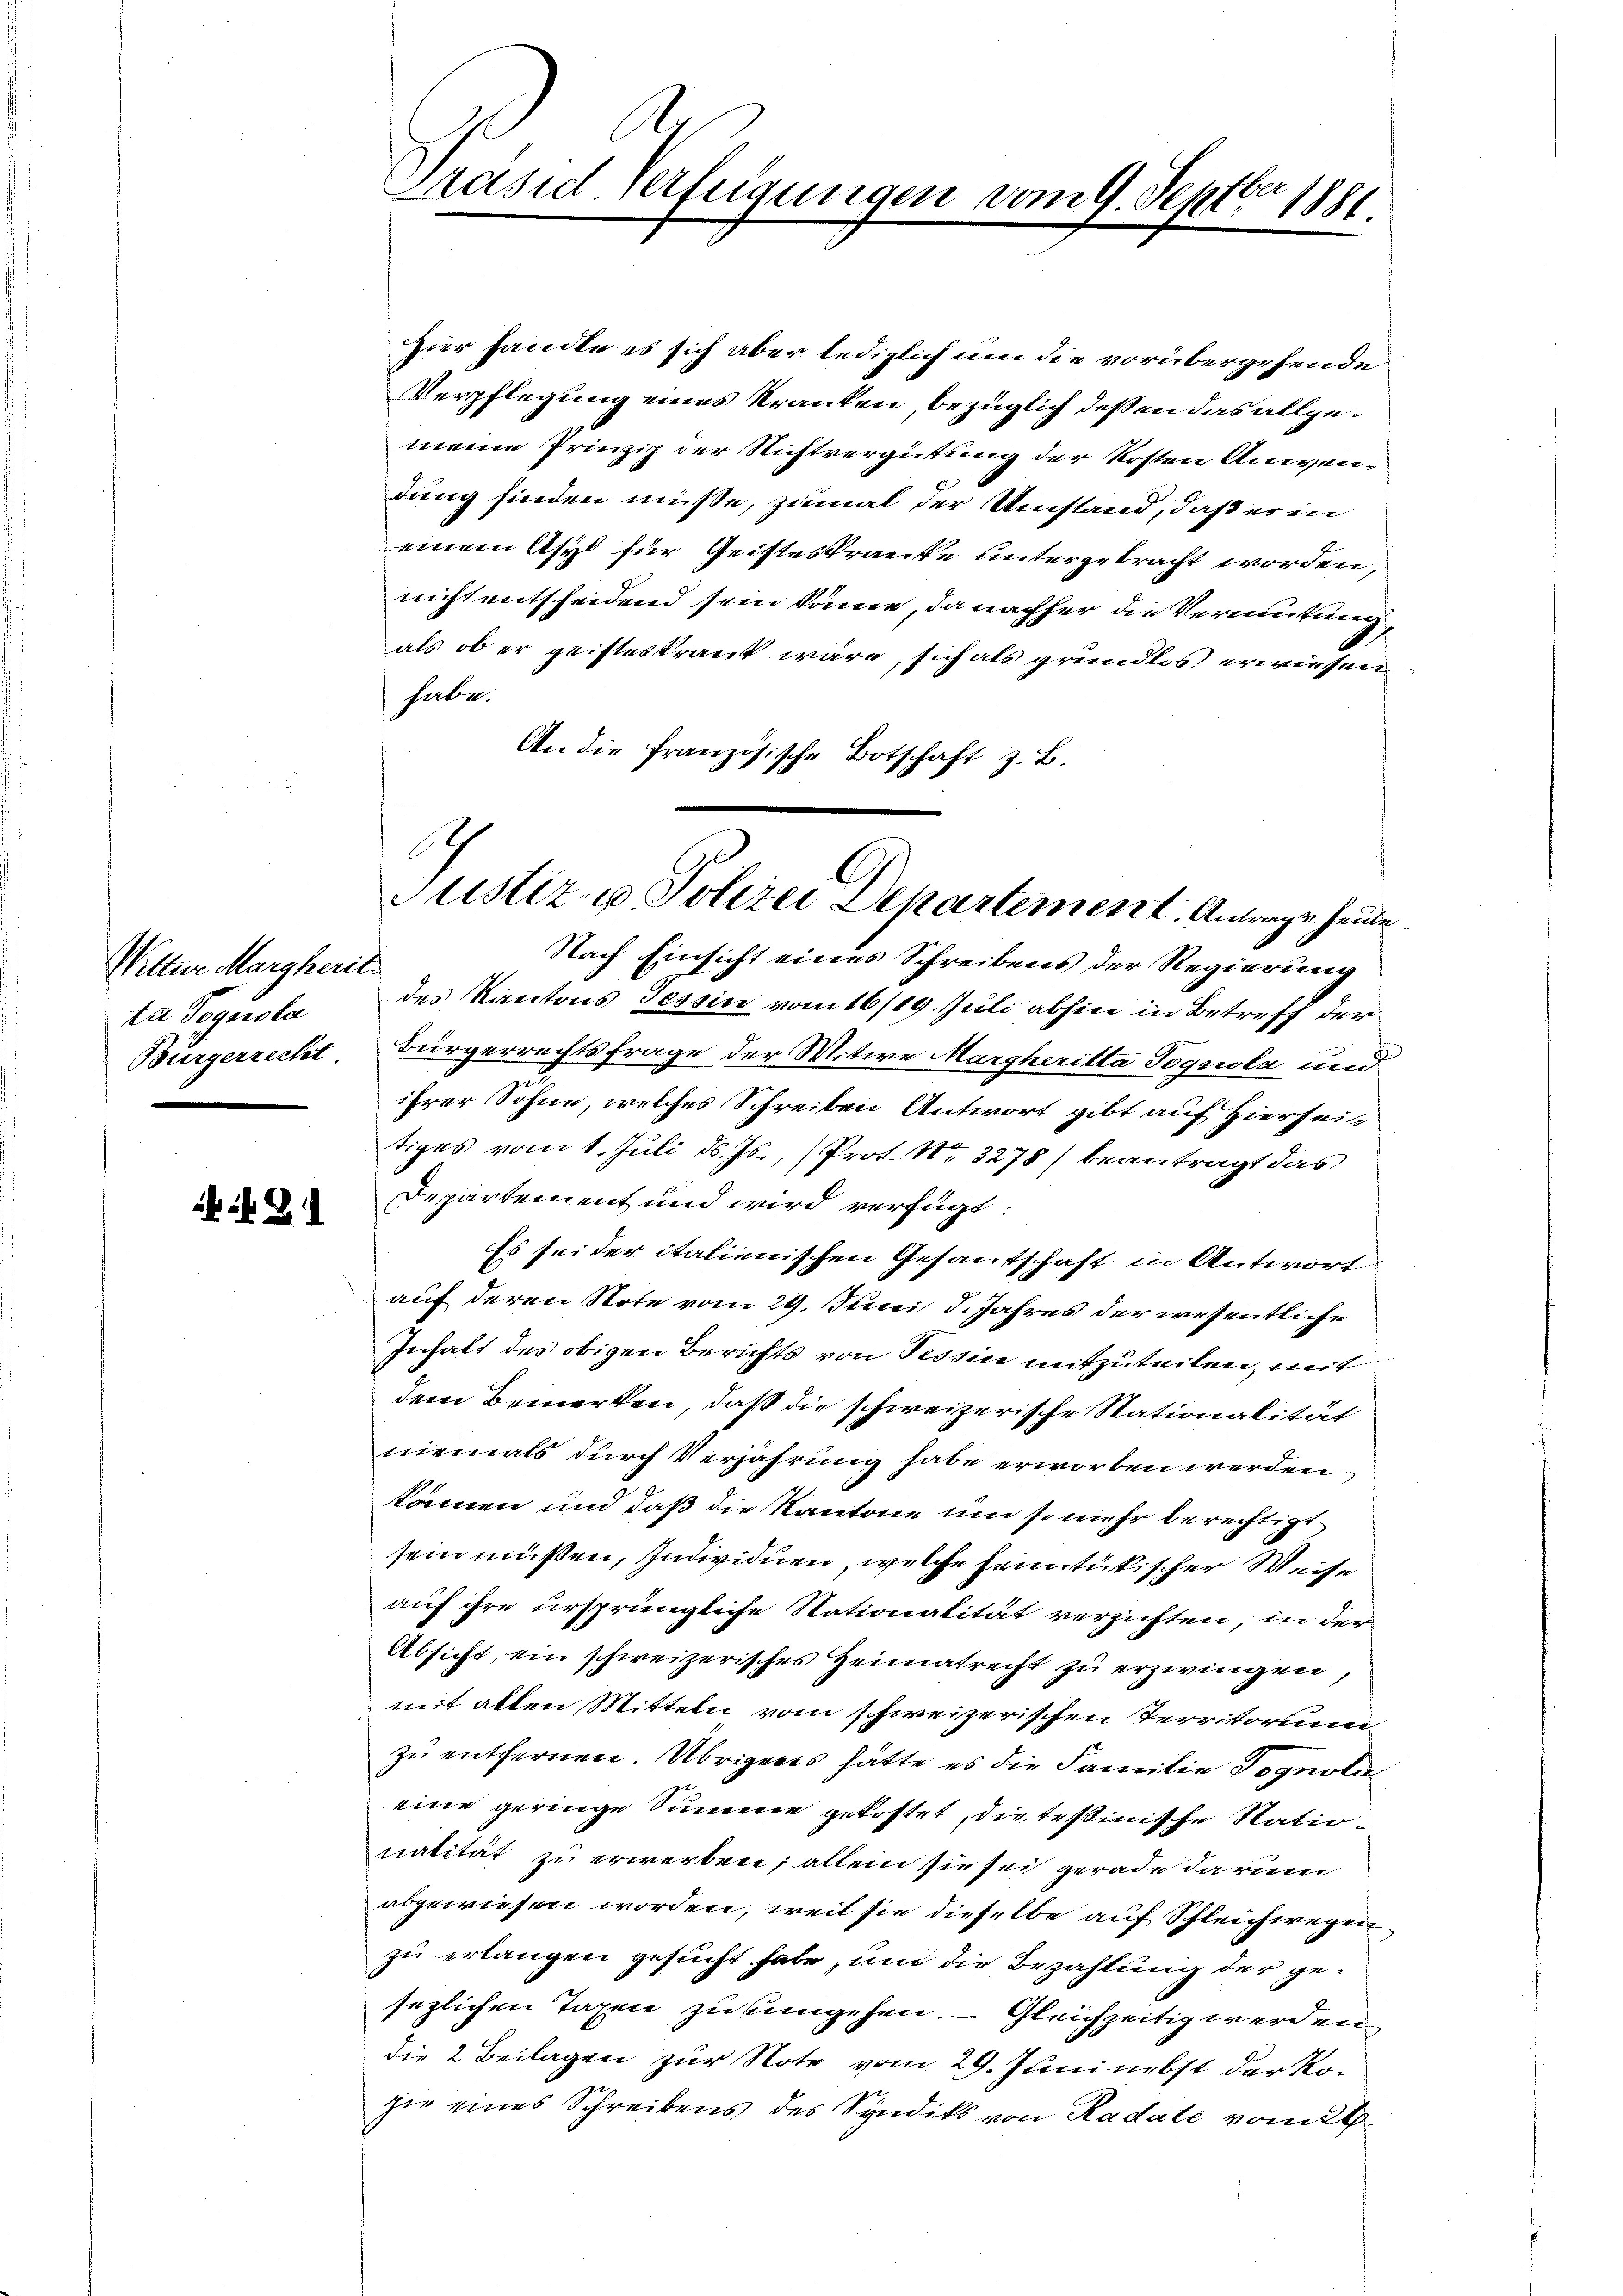
Wittwe Margherie
tr dogerola
Burgerrecht

i. B.

A.
Bel
Präsid verfügungen vom 9. Sept. 1881.

Hier handte es sich aber lediglich um die vorübergehende
Verpflegung eines Kranken bezüglich deßen das allgemeine Prinzip der Richtvergütung der Kosten Anwendung finden müße, zumal der Umstand, daß er in
einem Asyl für Geisteskranke untergebracht worden,
nicht entscheidend sein könne, da nachher die Vermutung,
als ob er geisteskrant wäre, sich als grundlos erwiesen.
habe.
An die französische Botschaft z. B.
Nach Einsicht eines Schreibens der Regierung
des Kantons Tessin vom 16/19. Juli abhin in Betreff der
Bürgerrechtsfrage der Witwe Margheritta Pogula und
ihrer Sohne, welches Schreiben Antwort gibt auf Hierseit
tiges vom 1. Juli d. Js., (Prot. Nr. 3278) beantragt das
Departement und wird verfügt:
Es sei der italienischen Gesantschaft in Antwort
auf deren Note vom 29. Juni 5. Jahres der wesentliche
Inhalt des obigen Berichts von Tessin mitzuteilen, mit
dem Bemerken, daß die schweizerische Stationalität
niemals durch Verjährung habe erworben werden
können und daß die Kantone um so mehr berechtigt
sein müßen, Individuen, welche heimtükischer Weise
auf ihre ursprüngliche Stationalität verzichten, in der
Absicht, ein schweizerisches Heimatrecht zu erzwingen
mit allen Mitteln vom schweizerischen Territorum
zu entfernen. Übrigens hätte es die Familie Tognola
eine geringe Summe gekostet, die Tessinische Nationalität zu erwerben; allein sie sei gerade darum
abgewiesen worden, weil sie dieselbe auf Schleichwegenzu erlangen gesucht habe, um die Bezahlung der gesezlichen Taxen zu eingehen. — Gleichzeitig werden
die 2 Beilagen zur Note vom 29. Juni nebst der Kosie eines Schreibens des Syndiks von Radate vom 24

C
Justiz- u Polizei Departement. Antrage heute